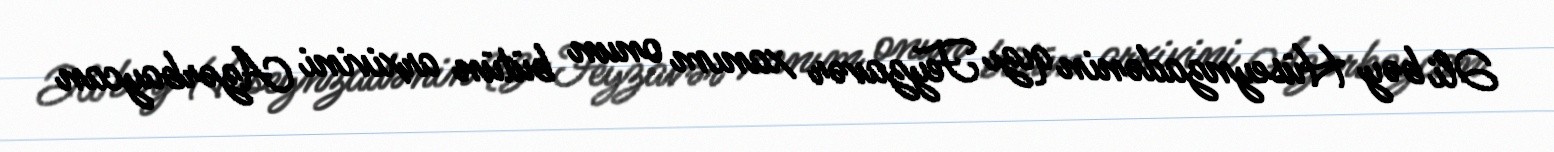
Əli bəy Hüseynzadənin qızı Feyzavər xanım onun bütün arxivini Azərbaycan